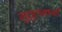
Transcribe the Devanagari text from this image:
मुत्तुलक्ष्मी